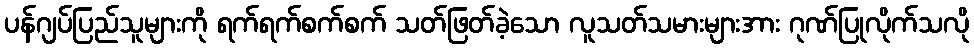
ပန်ဂျပ်ပြည်သူများကို ရက်ရက်စက်စက် သတ်ဖြတ်ခဲ့သော လူသတ်သမားများအား ဂုဏ်ပြုလိုက်သလို